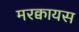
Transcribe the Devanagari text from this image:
मरक्वायस